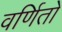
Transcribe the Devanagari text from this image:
वर्णितो